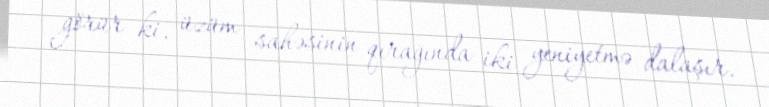
görür ki, üzüm sahəsinin qırağında iki yeniyetmə dalaşır.